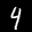
Digit: 4